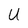
Character: U